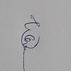
Signature authenticity: genuine